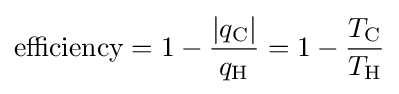
{\text{efficiency}}=1-{\frac {|q_{\text{C}}|}{q_{\text{H}}}}=1-{\frac {T_{\text{C}}}{T_{\text{H}}}}